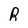
Character: R